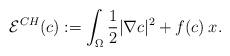
LaTeX: \begin{align*}\mathcal{E}^{CH}(c) := \int_{\Omega}\frac{1}{2}|\nabla c|^2 + f(c)\:x.\end{align*}